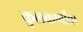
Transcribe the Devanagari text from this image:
कुलकर्णीचा